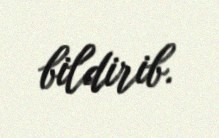
bildirib.